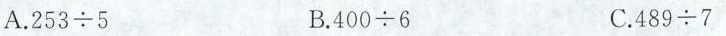
A.253 \div 5 B.400 \div 6 C.489 \div 7